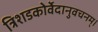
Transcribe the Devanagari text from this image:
त्रिशडकोर्वेदानुवचनम्।